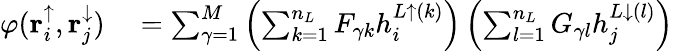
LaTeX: \begin{array}{rl}{\varphi(\mathbf{r}_{i}^{\uparrow},\mathbf{r}_{j}^{\downarrow})}&{{}=\sum_{\gamma=1}^{M}\left(\sum_{k=1}^{n_{L}}F_{\gamma k}h_{i}^{L\uparrow(k)}\right)\left(\sum_{l=1}^{n_{L}}G_{\gamma l}h_{j}^{L\downarrow(l)}\right)}\end{array}